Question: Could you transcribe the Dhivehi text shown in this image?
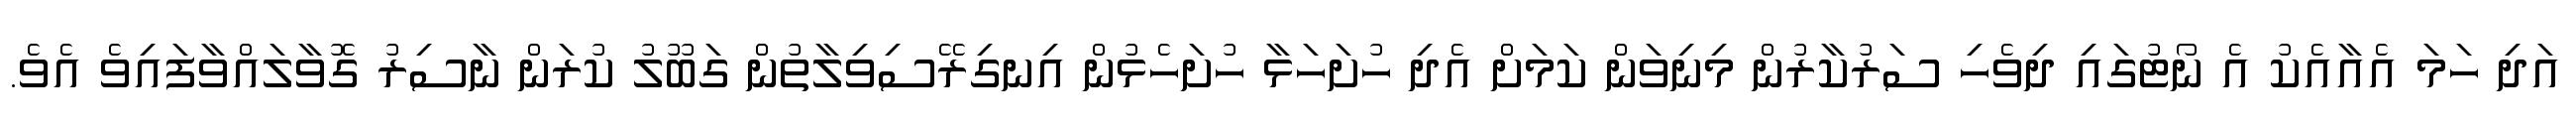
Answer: އަދި ހަމަ އެއާއެކު އެ ނޯޓުގައި ދިވެހި ސަރުކާރުން މިނިވަން ކަމަށް އެދި ހުށަހަޅާ ހުށަހެޅުން އިނގިރޭސިވިލާތުން ގަބޫލު ކުރަން ނާސިރު ގޮވާލައްވާފައިވެ އެވެ.